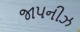
જાપનીઝ